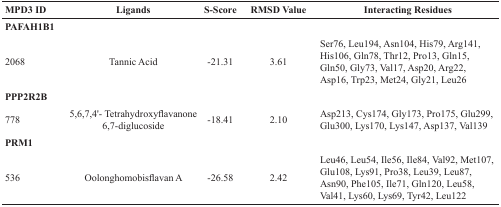
<table><thead><tr><td><b>MPD3 ID</b></td><td><b>Ligands</b></td><td><b>S-Score</b></td><td><b>RMSD Value</b></td><td><b>Interacting Residues</b></td></tr></thead><tbody><tr><td><b>PAFAH1B1</b></td><td></td><td></td><td></td><td></td></tr><tr><td>2068</td><td>Tannic Acid</td><td>-21.31</td><td>3.61</td><td>Ser76, Leu194, Asn104, His79, Arg141, His106, Gln78, Thr12, Pro13, Gln15, Gln50, Gly73, Val17, Asp20, Arg22, Asp16, Trp23, Met24, Gly21, Leu26</td></tr><tr><td><b>PPP2R2B</b></td><td></td><td></td><td></td><td></td></tr><tr><td>778</td><td>5,6,7,4&#x27;- Tetrahydroxyflavanone 6,7-diglucoside</td><td>-18.41</td><td>2.10</td><td>Asp213, Cys174, Gly173, Pro175, Glu299, Glu300, Lys170, Lys147, Asp137, Val139</td></tr><tr><td><b>PRM1</b></td><td></td><td></td><td></td><td></td></tr><tr><td>536</td><td>Oolonghomobisflavan A</td><td>-26.58</td><td>2.42</td><td>Leu46, Leu54, Ile56, Ile84, Val92, Met107, Glu108, Lys91, Pro38, Leu39, Leu87, Asn90, Phe105, Ile71, Gln120, Leu58, Val41, Lys60, Lys69, Tyr42, Leu122</td></tr></tbody></table>